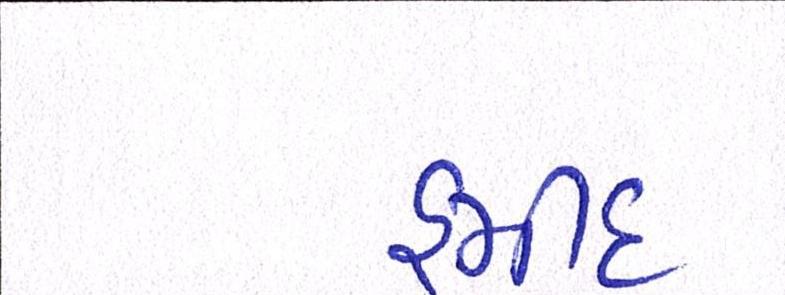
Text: હમીદ